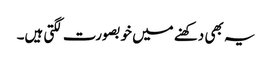
یہ بھی دکھنے میں خوبصورت لگتی ہیں۔